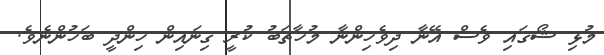
މުޅި ޝޯގައި ވެސް އޭނާ ދިވެހިންނާ މުހާތަބު ކުރީ ގިނައިން ހިންދީ ބަހުންނެވެ.